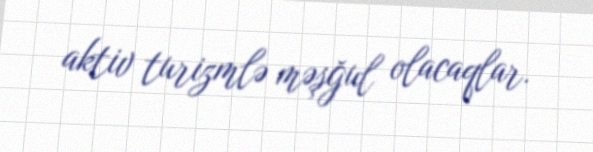
aktiv turizmlə məşğul olacaqlar.